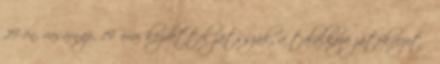
29-én, vasárnap, 19 órai kezdettel játsszák, a találkozó játékvezető